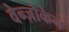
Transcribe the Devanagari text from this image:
वेन्ज़ोकेन